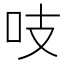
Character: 吱